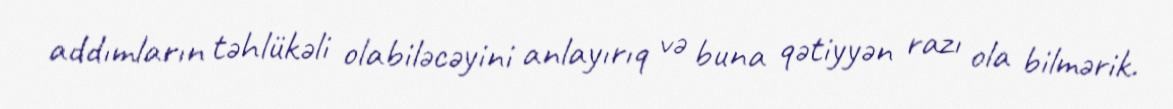
addımların təhlükəli olabiləcəyini anlayırıq və buna qətiyyən razı ola bilmərik.